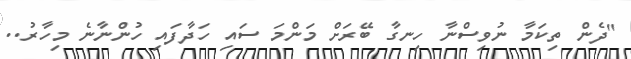
"ދެން ތިކަމާ ނުވިސްނާ ހިނގާ ބޭރަށް މަންމަ ސައި ހަދާފައި ހުންނާނެ މިހާރު..